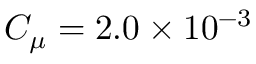
C _ { \mu } = 2 . 0 \times 1 0 ^ { - 3 }